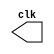
//Guia 09
//Rafael Moreira Melo-405834

module clock (clk);
	output clk;
	reg clk;

	initial begin
		clk = 1'b0;
	end
	
	always begin
		#12 clk = ~clk;
	end
endmodule

module Exercicio1 (signal, clock);
	input clock;
	output signal;
	reg signal;
	
	initial begin
		signal = 1'b0;
	end
	
	always begin
		#6 signal = ~signal;
	end
endmodule

module teste;

	wire  clock;
	clock cck1 ( clock );
	wire saida;
 
	Exercicio1 EX1 (saida,clock);

	initial begin
		$display ( "Rafael Moreira Melo-405834" );
		$dumpvars (1,clock,saida);
		#60 $finish;
 	end
endmodule